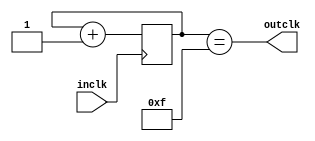
module prescaler(
  input wire inclk,
  output wire outclk
    );

reg [3:0] counter;

always @(posedge inclk)
  counter <= counter + 1'b1;
  
assign outclk = counter == 4'b1111;

endmodule